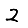
Digit: 2